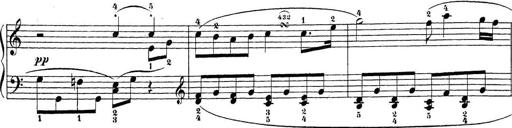
Title: Sonatina Album
Composer: Louis KÃ¶hler